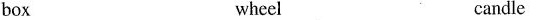
box wheel candle